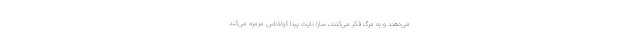
می‌دهند و به مرگ فکر می‌کنند، سارا نایت پینا کولاداس مزمزه می‌کند